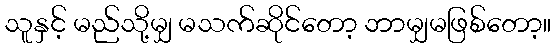
သူနှင့် မည်သို့မျှ မသက်ဆိုင်တော့ ဘာမျှမဖြစ်တော့။